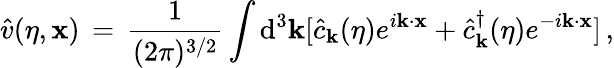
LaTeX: {\hat{v}}(\eta,{\mathbf x})\, =\, \frac{1}{(2\pi)^{3/2}}\int\mathrm{d}^{3}{\mathbf k}[{\hat{c}}_{\mathbf k}(\eta)e^{i{\mathbf k}\cdot{\mathbf x}}+{\hat{c}}_{\mathbf k}^{\dagger}(\eta)e^{-i{\mathbf k}\cdot{\mathbf x}}]\, ,